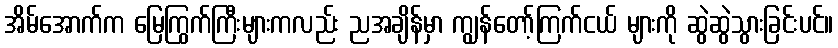
အိမ်အောက်က မြေကြွက်ကြီးများကလည်း ညအချိန်မှာ ကျွန်တော့်ကြက်ငယ် များကို ဆွဲဆွဲသွားခြင်းပင်။